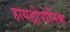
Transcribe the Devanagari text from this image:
हायड्रोपोनिक